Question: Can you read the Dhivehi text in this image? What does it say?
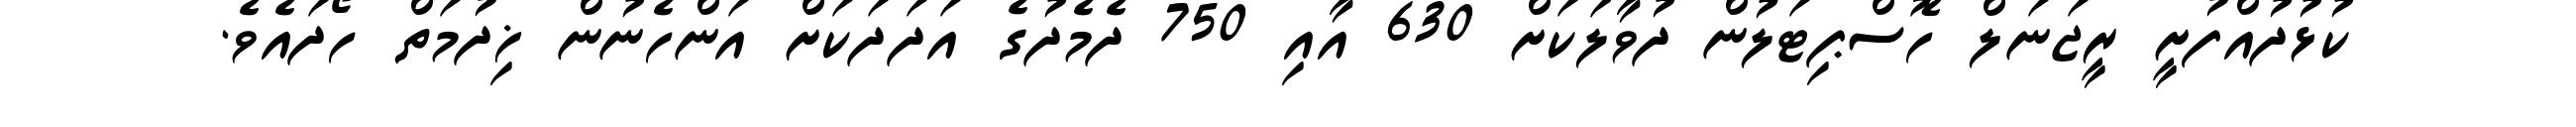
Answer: ކުޅުދުއްފުށީ ރީޖަނަލް ހޮސްޕިޓަލުން ދުވާލަކަށް 630 އާއި 750 ދެމެދުގެ އަދަދަކަށް އަންހެނުން ޚިދުމަތް ހޯދައެވެ.